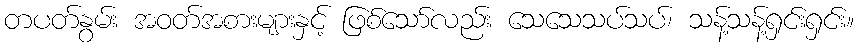
တပတ်နွမ်း အဝတ်အစားများနှင့် ဖြစ်သော်လည်း သေသေသပ်သပ်၊ သန့်သန့်ရှင်းရှင်း။